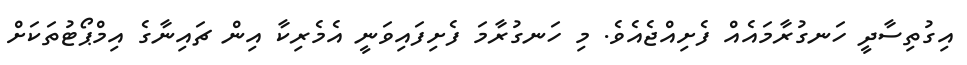
އިގުތިސާދީ ހަނގުރާމައެއް ފެށިއްޖެއެވެ. މި ހަނގުރާމަ ފެށިފައިވަނީ އެމެރިކާ އިން ޗައިނާގެ އިމްޕޯޓުތަކަށް